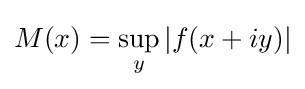
M(x)=\sup _{y}|f(x+iy)|